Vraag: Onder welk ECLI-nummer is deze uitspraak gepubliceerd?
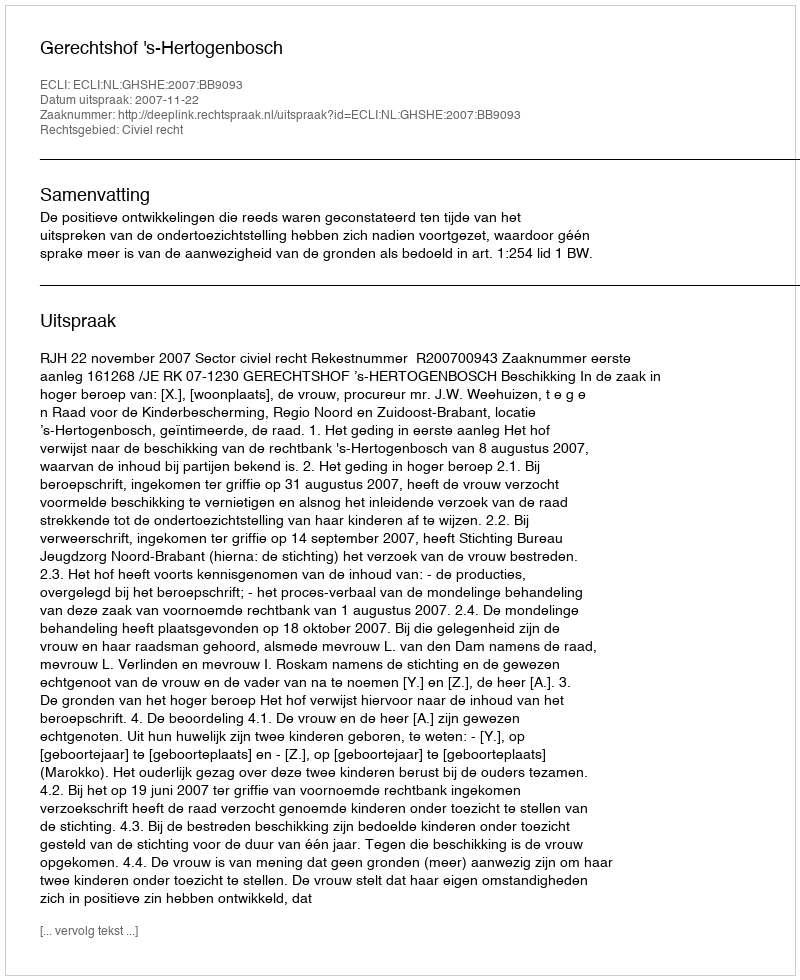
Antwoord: ECLI:NL:GHSHE:2007:BB9093